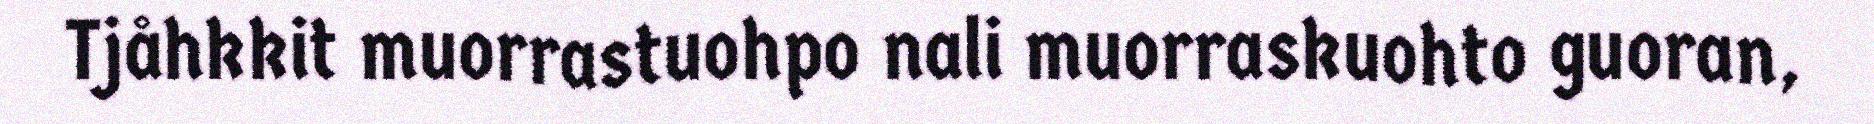
Tjåhkkit muorrastuohpo nali muorraskuohto guoran,